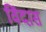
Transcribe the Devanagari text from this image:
विंदास